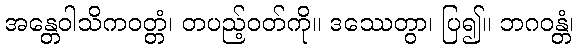
အန္တေဝါသိကဝတ္တံ၊ တပည့်ဝတ်ကို။ ဒဿေတွာ၊ ပြ၍။ ဘဂဝန္တံ၊